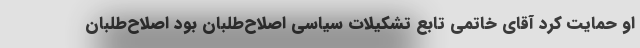
او حمایت کرد آقای خاتمی تابع تشکیلات سیاسی اصلاح‌طلبان بود اصلاح‌طلبان